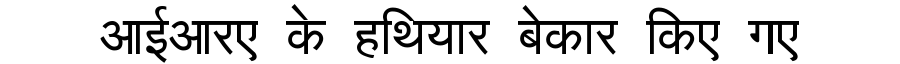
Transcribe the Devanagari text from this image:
आईआरए के हथियार बेकार किए गए